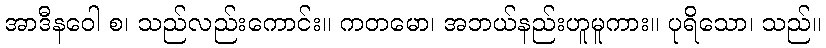
အာဒီနဝေါ စ၊ သည်လည်းကောင်း။ ကတမော၊ အဘယ်နည်းဟူမူကား။ ပုရိသော၊ သည်။